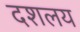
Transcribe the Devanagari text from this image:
दशलय